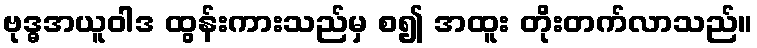
ဗုဒ္ဓအယူဝါဒ ထွန်းကားသည်မှ စ၍ အထူး တိုးတက်လာသည်။